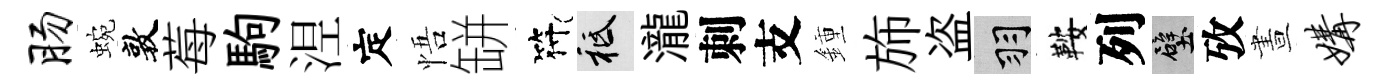
肠蜿敦莓駒𣵀定悟缾符祇瀧刺支鍾斾盗羽鞍列壁攷晝媾